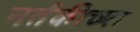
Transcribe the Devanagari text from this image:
नर्तकीच्या